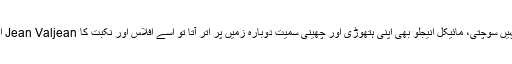
ایسے تو کوئی ماں اپنے بچے کے خدوخال نہیں سوچتی، مائیکل انیجلو بھی اپنی ہتھوڑی اور چھینی سمیت دوبارہ زمیں پر اتر آتا تو اسے افلاس اور نکبت کا Jean Valjean ایسا مجسمہ تراشنے میں بہت مشکل پیش آتی۔